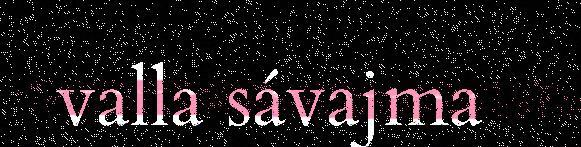
valla sávajma